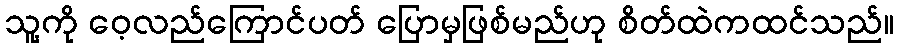
သူ့ကို ဝေ့လည်ကြောင်ပတ် ပြောမှဖြစ်မည်ဟု စိတ်ထဲကထင်သည်။